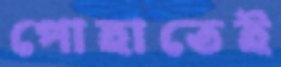
পোহাতেই